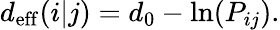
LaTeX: \begin{array}{r}{d_{\mathrm{eff}}(i|j)=d_{0}-\ln(P_{ij}).}\end{array}